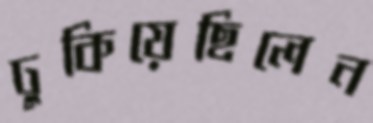
ঢুকিয়েছিলেন